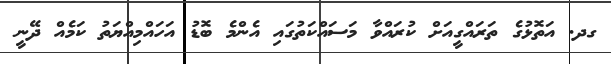
ގދ. އަތޮޅުގެ ތަރައްގީއަށް ކުރައްވާ މަސައްކަތުގައި އެންމެ ބޮޑު އަހައްމިއްޔަތު ކަމެއް ދޭނީ